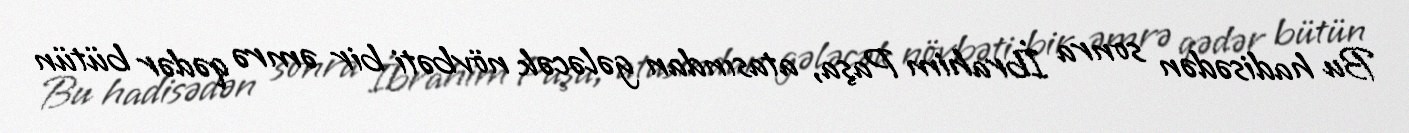
Bu hadisədən sonra İbrahim Paşa, atasından gələcək növbəti bir əmrə qədər bütün